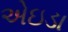
એઇડા